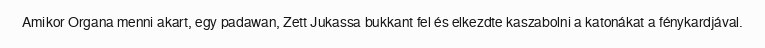
Amikor Organa menni akart, egy padawan, Zett Jukassa bukkant fel és elkezdte kaszabolni a katonákat a fénykardjával.